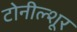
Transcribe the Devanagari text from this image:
टोनील्शूर